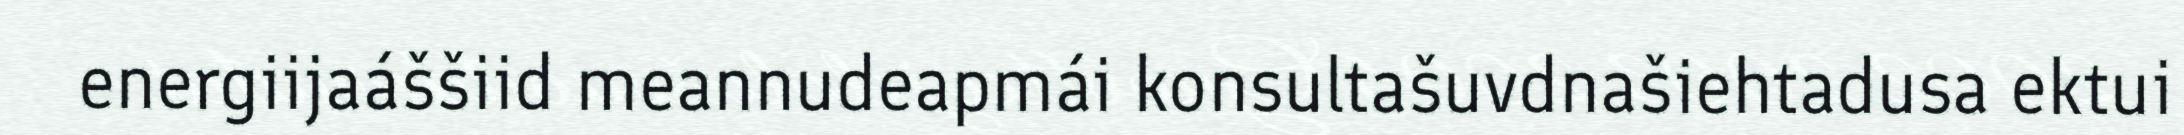
energiijaáššiid meannudeapmái konsultašuvdnašiehtadusa ektui